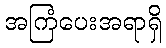
အကြံပေးအရာရှိ